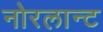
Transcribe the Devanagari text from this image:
नोरलान्ट